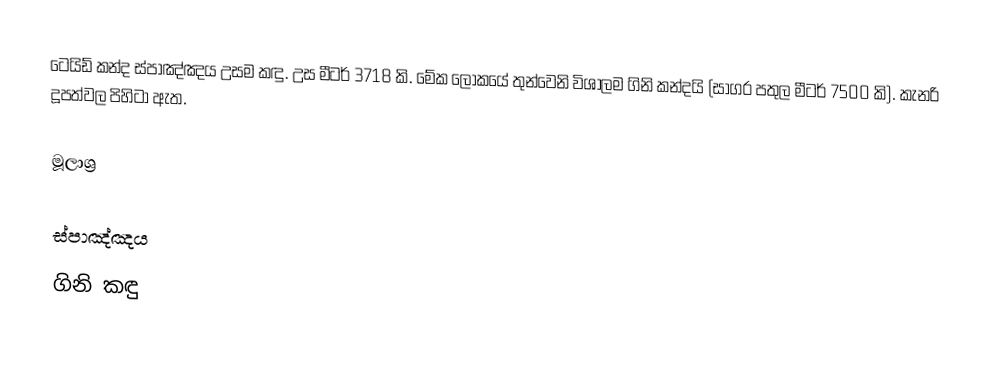
ටෙයිඩ් කන්ද ස්පාඤ්ඤය උසම කඳු. උස මීටර් 3718 කි. මේක ලෝකයේ තුන්වෙනි විශාලම ගිනි කන්දයි (සාගර පතුල මීටර් 7500 කි). කැනරි දූපත්වල පිහිටා ඇත.

මූලාශ්‍ර

ස්පාඤ්ඤය
ගිනි කඳු